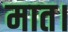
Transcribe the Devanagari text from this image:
मात।